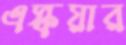
এস্কয়ার